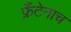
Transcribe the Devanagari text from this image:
फ्रँटेनाच